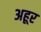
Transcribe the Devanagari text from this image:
अहूर